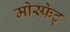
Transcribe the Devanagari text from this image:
मोस्फेट्